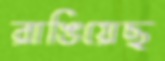
রাঙিয়েছ